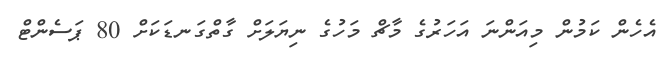
އެހެން ކަމުން މިއަންނަ އަހަރުގެ މާޗް މަހުގެ ނިޔަލަށް ގާތްގަނޑަކަށް 80 ޕަސެންޓް